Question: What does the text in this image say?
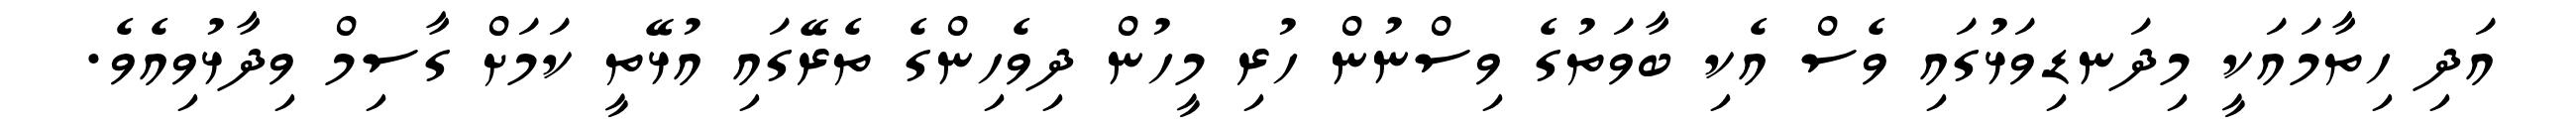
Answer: އަދި ހިތާމައަކީ މިދަނޑިވަޅުގައި ވެސް އެކި ބާވަތުގެ ވިސްނުން ހުރި މީހުން ދިވެހިންގެ ތެރޭގައި އުޅޭތީ ކަމަށް ގާސިމް ވިދާޅުވިއެވެ.